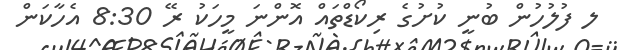
ލ ފުލުހުން ބުނީ ކުށުގެ ރިކޯޑްތައް އޮންނަ މީހަކު ރޭ 8:30 އެހާކަން